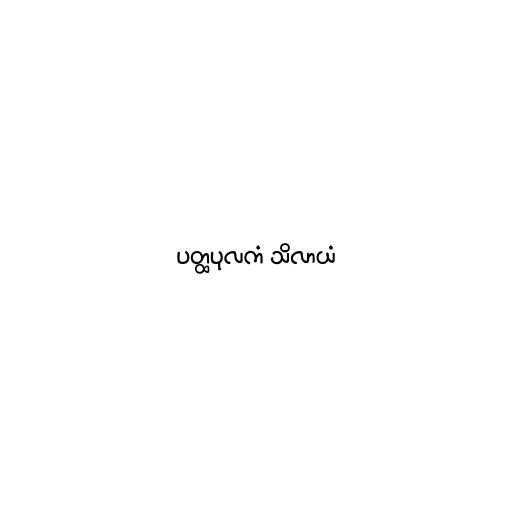
ပတ္ထပုလကံ သိလာယံ